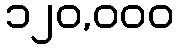
၁၂၀,၀၀၀